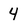
Character: 4